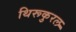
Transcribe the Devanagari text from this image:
थिरूकुरल